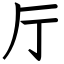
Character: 厅